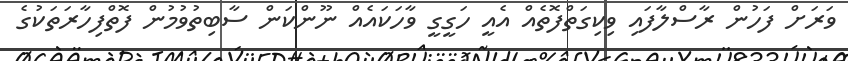
ވަރަށް ފަހުން ރާސްލާފައި ވިކިގަތްފޮތެއް އެއީ ހަގީގީ ވާހަކައެއް ނޫންކަން ސާބިތުވުމުން ފޮތްފިހާރަތަކުގެ